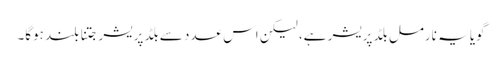
گویا یہ نارمل بلڈ پریشر ہے، لیکن اس عدد سے بلڈ پریشر جتنا بلند ہوگا۔